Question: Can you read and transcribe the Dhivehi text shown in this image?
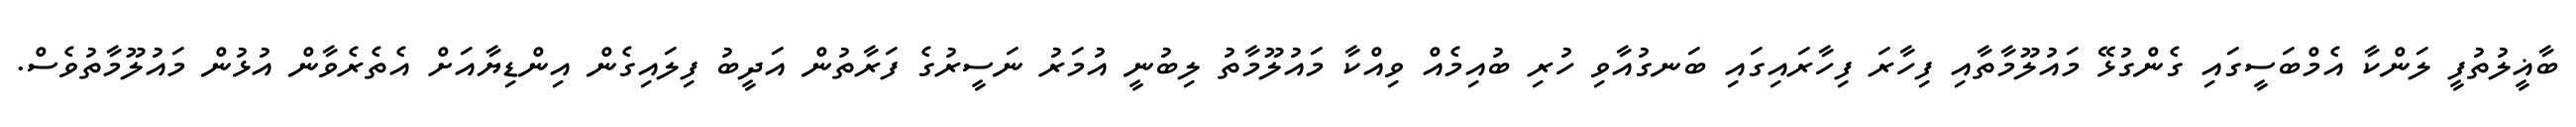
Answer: ބާޣީލުތުފީ ލަންކާ އެމްބަސީގައި ގެންގުޅޭ މައުލޫމާތާއި ފިހާރަ ފިހާރައިގައި ބަނގުއާވި ހުރި ބުއިމެއް ވިއްކާ މައުލޫމާތު ލިބުނީ އުމަރު ނަސީރުގެ ފަރާތުން އަދީބު ފިލައިގެން އިންޑިޔާއަށް އެތެރެވާން އުޅުން މައުލޫމާތުވެސް.